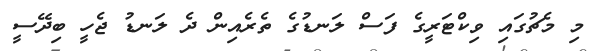
މި މެޗުގައި ވިކްޓަރީގެ ފަސް ލަނޑުގެ ތެރެއިން ދެ ލަނޑު ޖެހީ ބިދޭސީ